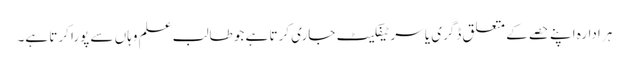
ہر ادارہ اپنے حصے کے متعلق ڈگری یا سرٹیفکیٹ جاری کرتا ہے جو طالب علم وہاں سے پورا کرتا ہے۔